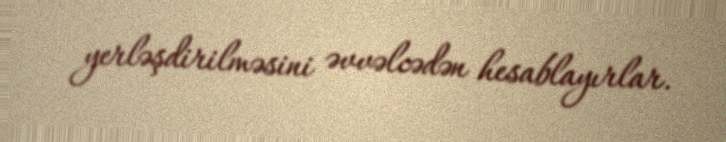
yerləşdirilməsini əvvəlcədən hesablayırlar.